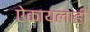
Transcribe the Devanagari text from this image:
ऐकायलाही